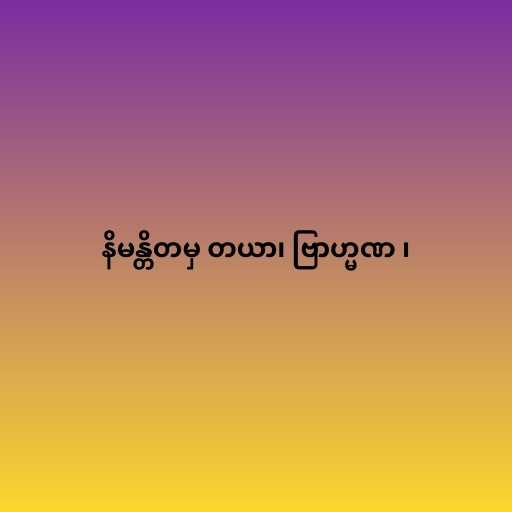
နိမန္တိတမှ တယာ၊ ဗြာဟ္မဏ ၊